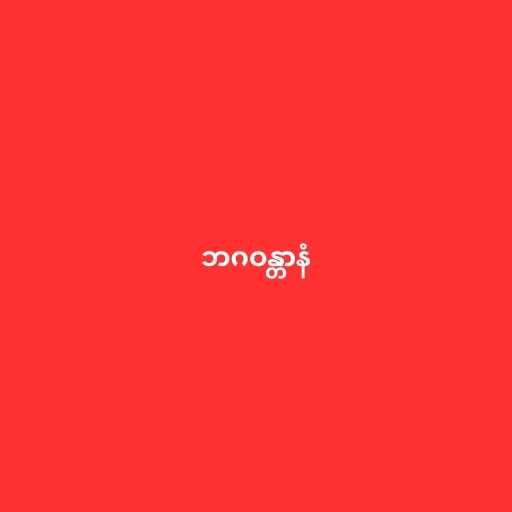
ဘဂဝန္တာနံ